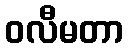
ဝလီမတာ